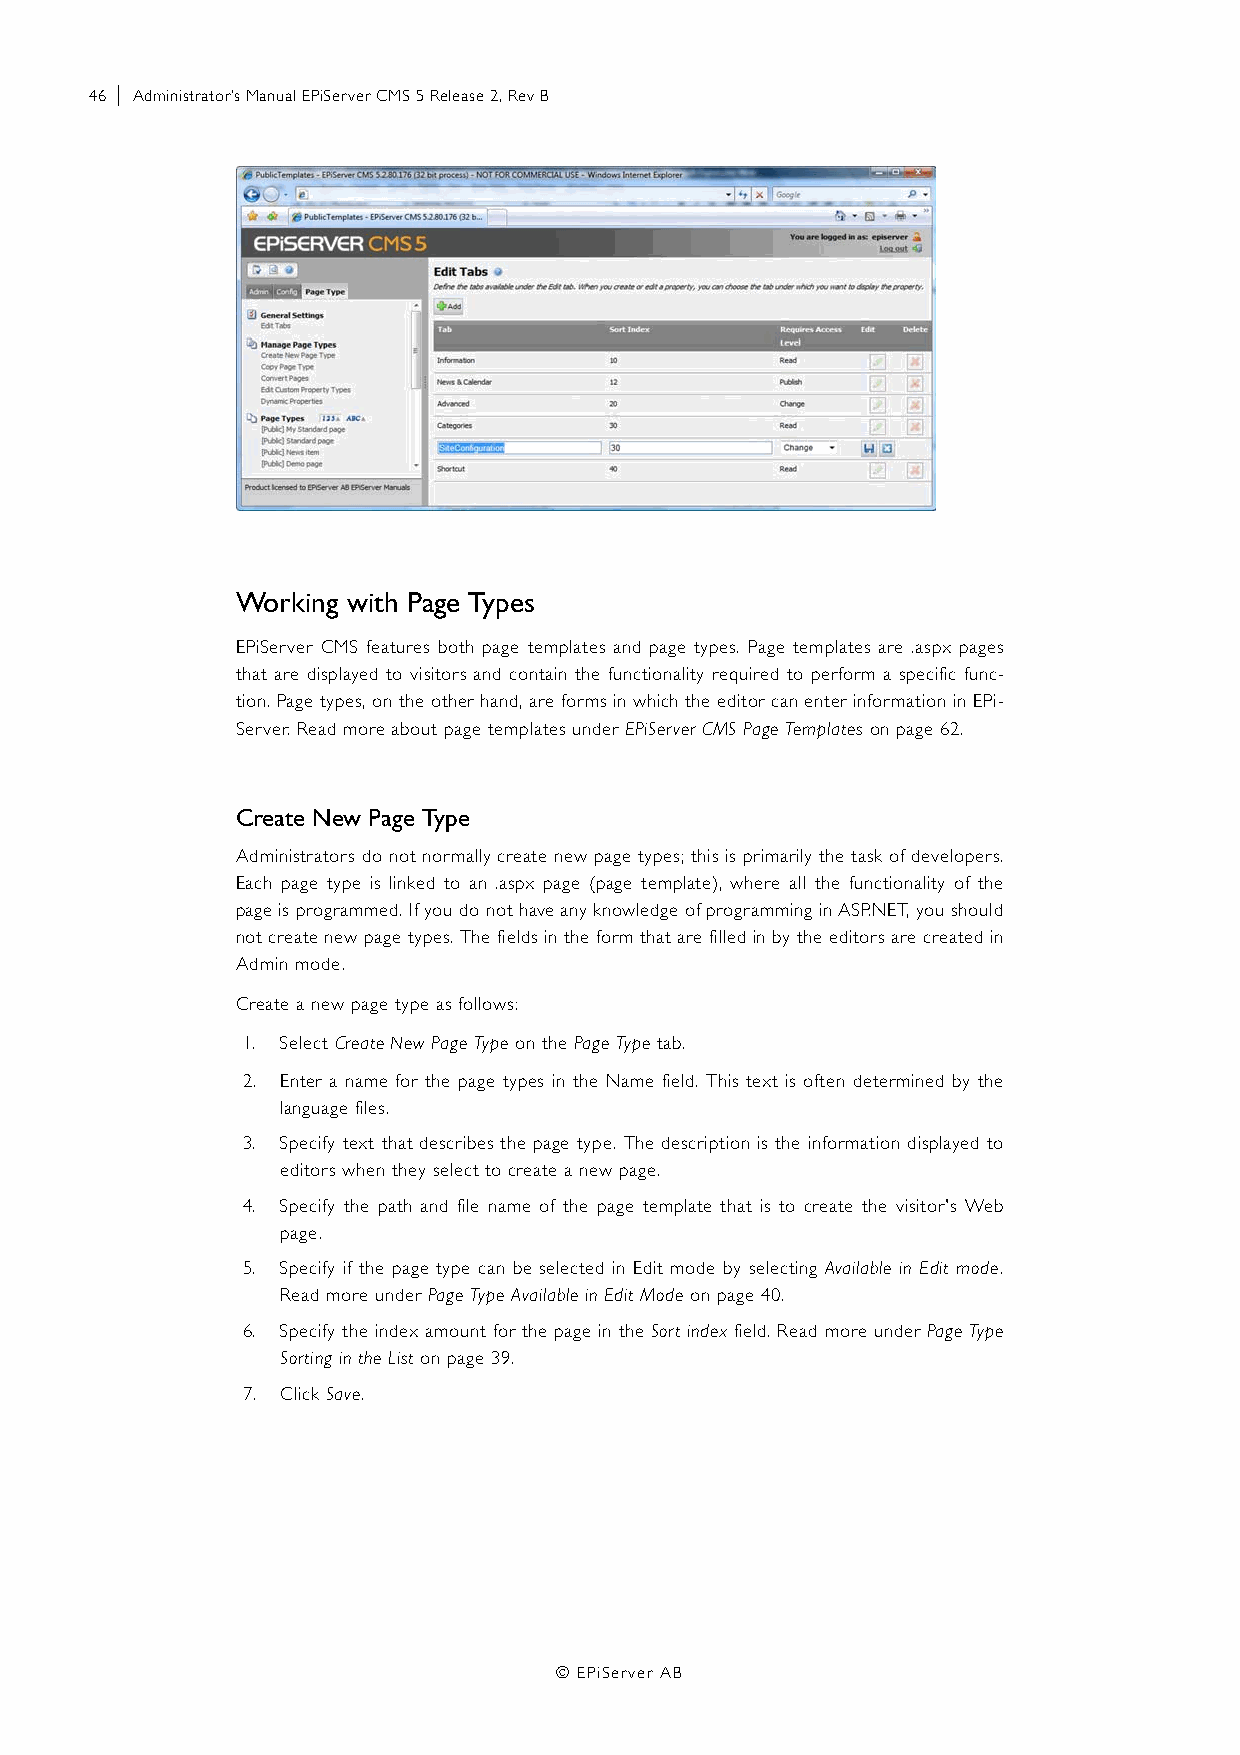
46 | Administrator’s Manual EPiServer CMS 5 Release 2, Rev B
 Working with Page Types
 EPiServer CMS features both page templates and page types. Page templates are .aspx pages
 that are displayed to visitors and contain the functionality required to perform a specific func-
 tion. Page types, on the other hand, are forms in which the editor can enter information in EPi-
 Server. Read more about page templates under EPiServer CMS Page Templates on page 62.
 Create New Page Type
 Administrators do not normally create new page types; this is primarily the task of developers.
 Each page type is linked to an .aspx page (page template), where all the functionality of the
 page is programmed. If you do not have any knowledge of programming in ASP.NET, you should
 not create new page types. The fields in the form that are filled in by the editors are created in
 Admin mode.
 Create a new page type as follows:
 1. Select Create New Page Type on the Page Type tab.
 2. Enter a name for the page types in the Name field. This text is often determined by the
 language files.
 3. Specify text that describes the page type. The description is the information displayed to
 editors when they select to create a new page.
 4. Specify the path and file name of the page template that is to create the visitor's Web
 page.
 5. Specify if the page type can be selected in Edit mode by selecting Available in Edit mode.
 Read more under Page Type Available in Edit Mode on page 40.
 6. Specify the index amount for the page in the Sort index field. Read more under Page Type
 Sorting in the List on page 39.
 7. Click Save.
 © EPiServer AB